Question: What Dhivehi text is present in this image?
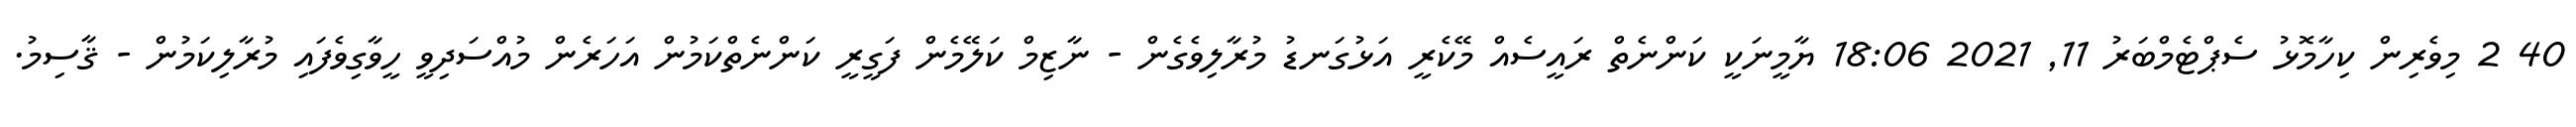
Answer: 40 2 މިވެރިން ކިހާމޮޅު ސެޕްޓެމްބަރު 11, 2021 18:06 ޔާމީނަކީ ކަންނެތް ރައީސެއް މޭކެރީ އަޅުގަނޑު މުރާލިވެގެން - ނާޒިމް ކަލޭމެން ފަގީރީ ކަންނެތްކަމުން އަހަރެން މުއްސަދިވީ ހީވާގިވެފައި މުރާލިކަމުން - ޤާސިމު.